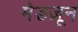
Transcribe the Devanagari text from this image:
मेडज़ून